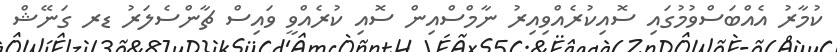
ކުމާރު އެއްބަސްވުމުގައި ސޮއިކުރެއްވިއިރު ނާމްސްއިން ސޮއި ކުރެއްވީ ވައިސް ޗާންސެލަރު ޑރ ގަނޭޝް